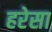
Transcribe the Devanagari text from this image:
हरेसा